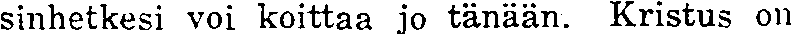
sinhetkesi voi koittaa jo tänään. Kristus on